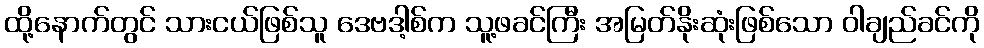
ထို့နောက်တွင် သားငယ်ဖြစ်သူ ဒေဗဒါ့စ်က သူ့ဖခင်ကြီး အမြတ်နိုးဆုံးဖြစ်သော ဝါချည်ခင်ကို